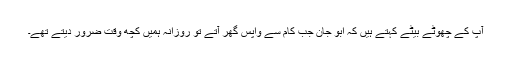
آپ کے چھوٹے بیٹے کہتے ہیں کہ ابو جان جب کام سے واپس گھر آتے تو روزانہ ہمیں کچھ وقت ضرور دیتے تھے۔